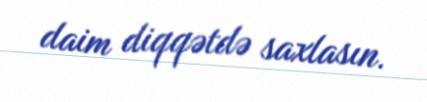
daim diqqətdə saxlasın.